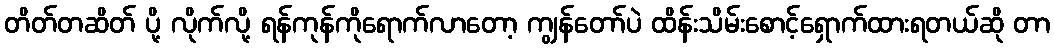
တိတ်တဆိတ် ပို့ လိုက်လို့ ရန်ကုန်ကိုရောက်လာတော့ ကျွန်တော်ပဲ ထိန်းသိမ်းစောင့်ရှောက်ထားရတယ်ဆို တာ